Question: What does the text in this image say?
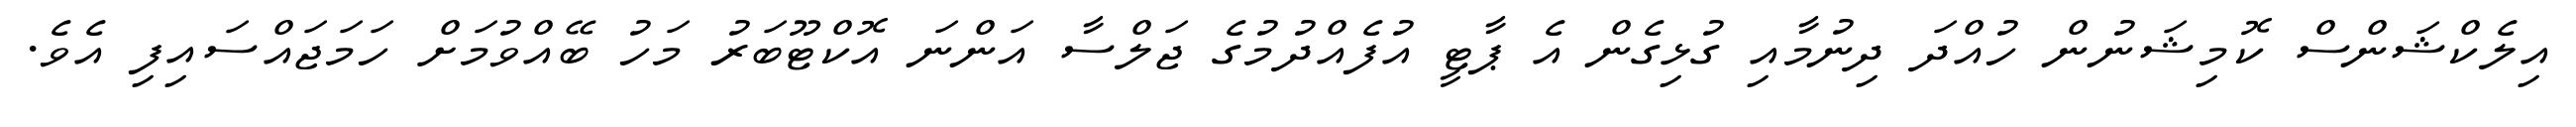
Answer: އިލެކްޝަންސް ކޮމިޝަނުން ހުއްދަ ދިނުމާއި ގުޅިގެން އެ ޕާޓީ އުފެއްދުމުގެ ޖަލްސާ އަންނަ އޮކްޓޫބަރު މަހު ބޭއްވުމަށް ހަމަޖައްސައިފި އެވެ.